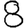
Digit: 8